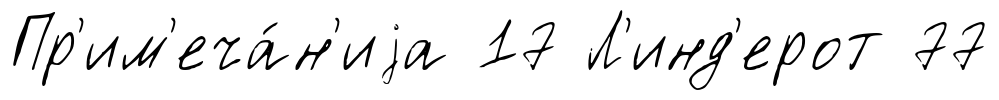
Пр'им'еча́н'иjа 17 Л'инд'ерот 77